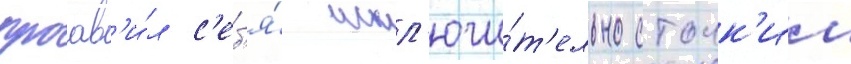
проав'и́л с'еб'я́ искл'ючи́т'ельно стоик'им